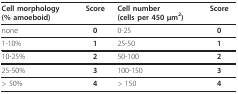
<table><thead><tr><td><b>Cell morphology(% amoeboid)</b></td><td><b>Score</b></td><td><b>Cell number(cells per 450 μm<sup>2</sup>)</b></td><td><b>Score</b></td></tr></thead><tbody><tr><td>none</td><td><b>0</b></td><td>0-25</td><td><b>0</b></td></tr><tr><td>1-10%</td><td><b>1</b></td><td>25-50</td><td><b>1</b></td></tr><tr><td>10-25%</td><td><b>2</b></td><td>50-100</td><td><b>2</b></td></tr><tr><td>25-50%</td><td><b>3</b></td><td>100-150</td><td><b>3</b></td></tr><tr><td>&gt; 50%</td><td><b>4</b></td><td>&gt; 150</td><td><b>4</b></td></tr></tbody></table>